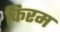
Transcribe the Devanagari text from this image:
किरम